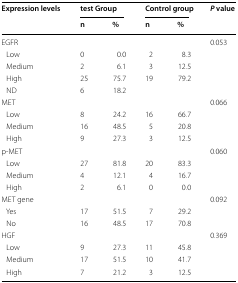
<table><thead><tr><td rowspan="2"><b>Expression levels</b></td><td colspan="2"><b>test Group</b></td><td colspan="2"><b>Control group</b></td><td rowspan="2"><b><i>P</i> value</b></td></tr><tr><td><b>n</b></td><td><b>%</b></td><td><b>n</b></td><td><b>%</b></td></tr></thead><tbody><tr><td>EGFR</td><td></td><td></td><td></td><td></td><td>0.053</td></tr><tr><td> Low</td><td>0</td><td>0.0</td><td>2</td><td>8.3</td><td></td></tr><tr><td> Medium</td><td>2</td><td>6.1</td><td>3</td><td>12.5</td><td></td></tr><tr><td> High</td><td>25</td><td>75.7</td><td>19</td><td>79.2</td><td></td></tr><tr><td> ND</td><td>6</td><td>18.2</td><td></td><td></td><td></td></tr><tr><td>MET</td><td></td><td></td><td></td><td></td><td>0.066</td></tr><tr><td> Low</td><td>8</td><td>24.2</td><td>16</td><td>66.7</td><td></td></tr><tr><td> Medium</td><td>16</td><td>48.5</td><td>5</td><td>20.8</td><td></td></tr><tr><td> High</td><td>9</td><td>27.3</td><td>3</td><td>12.5</td><td></td></tr><tr><td>p-MET</td><td></td><td></td><td></td><td></td><td>0.060</td></tr><tr><td> Low</td><td>27</td><td>81.8</td><td>20</td><td>83.3</td><td></td></tr><tr><td> Medium</td><td>4</td><td>12.1</td><td>4</td><td>16.7</td><td></td></tr><tr><td> High</td><td>2</td><td>6.1</td><td>0</td><td>0.0</td><td></td></tr><tr><td>MET gene</td><td></td><td></td><td></td><td></td><td>0.092</td></tr><tr><td> Yes</td><td>17</td><td>51.5</td><td>7</td><td>29.2</td><td></td></tr><tr><td> No</td><td>16</td><td>48.5</td><td>17</td><td>70.8</td><td></td></tr><tr><td>HGF</td><td></td><td></td><td></td><td></td><td>0.369</td></tr><tr><td> Low</td><td>9</td><td>27.3</td><td>11</td><td>45.8</td><td></td></tr><tr><td> Medium</td><td>17</td><td>51.5</td><td>10</td><td>41.7</td><td></td></tr><tr><td> High</td><td>7</td><td>21.2</td><td>3</td><td>12.5</td><td></td></tr></tbody></table>